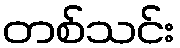
တစ်သင်း